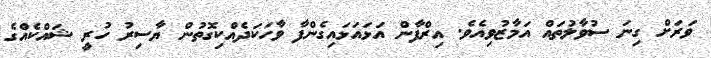
ވަރަށް ގިނަ ސުވާލުތައް އަމާޒުވިއެވެ. އިރްފާން އަޅައަޅައިގެންފާ ވާހަކަދެއްކިގޮތުން ޔާސިރު ހުރީ ޝައްކެއްގެ